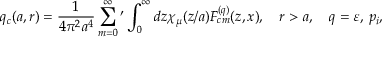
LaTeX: q _ { c } ( a , r ) = \frac { 1 } { 4 \pi ^ { 2 } a ^ { 4 } } \sum _ { m = 0 } ^ { \infty } { ' } \int _ { 0 } ^ { \infty } { d z \chi _ { \mu } ( z / a ) F _ { c m } ^ { ( q ) } ( z , x ) } , \quad r > a , \quad q = \varepsilon , \, p _ { i } ,